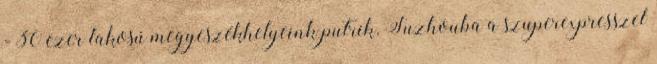
- 30 ezer lakosú megyeszékhelyeink putrik. Suzhouba a szuperexpresszel